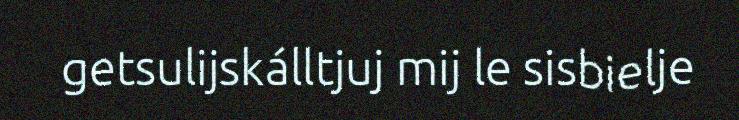
getsulijskálltjuj mij le sisbielje